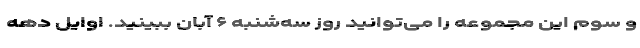
و سوم این مجموعه را می‌توانید روز سه‌شنبه ۶ آبان ببینید. اوایل دهه